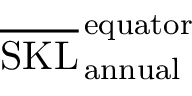
\overline { { \mathrm { S K L } } } _ { \, \mathrm { a n n u a l } } ^ { \, \mathrm { e q u a t o r } }